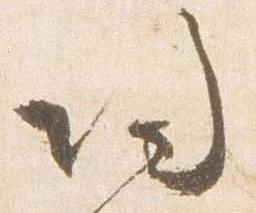
帰